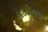
બદરીનાથ